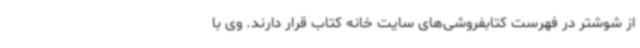
از شوشتر در فهرست کتابفروشی‌های سایت خانه‌ کتاب قرار دارند. وی با